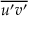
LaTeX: \overline { { u ^ { \prime } v ^ { \prime } } }